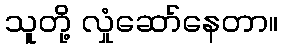
သူတို့ လှုံဆော်နေတာ။